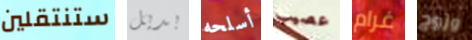
ستنتقلين بديل أسلحه عصيب غرام وزوج